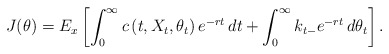
\begin{align*}J(\theta) =E_{x}\left[ \int_{0}^{\infty}c\left( t,X_t,\theta_t\right) e^{-rt}\,dt+\int_{0}^{\infty}k_{t-}e^{-rt}\,d\theta_{t}\right]. \end{align*}